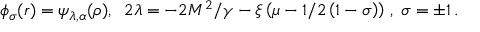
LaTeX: \phi _ { \sigma } ( r ) = \psi _ { \lambda , \alpha } ( \rho ) , \; \; 2 \lambda = - 2 M ^ { 2 } / \gamma - \xi \left( \mu - 1 / 2 \left( 1 - \sigma \right) \right) \, , \; \sigma = \pm 1 \, .